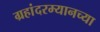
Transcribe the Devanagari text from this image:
ग्रहांदरम्यानच्या